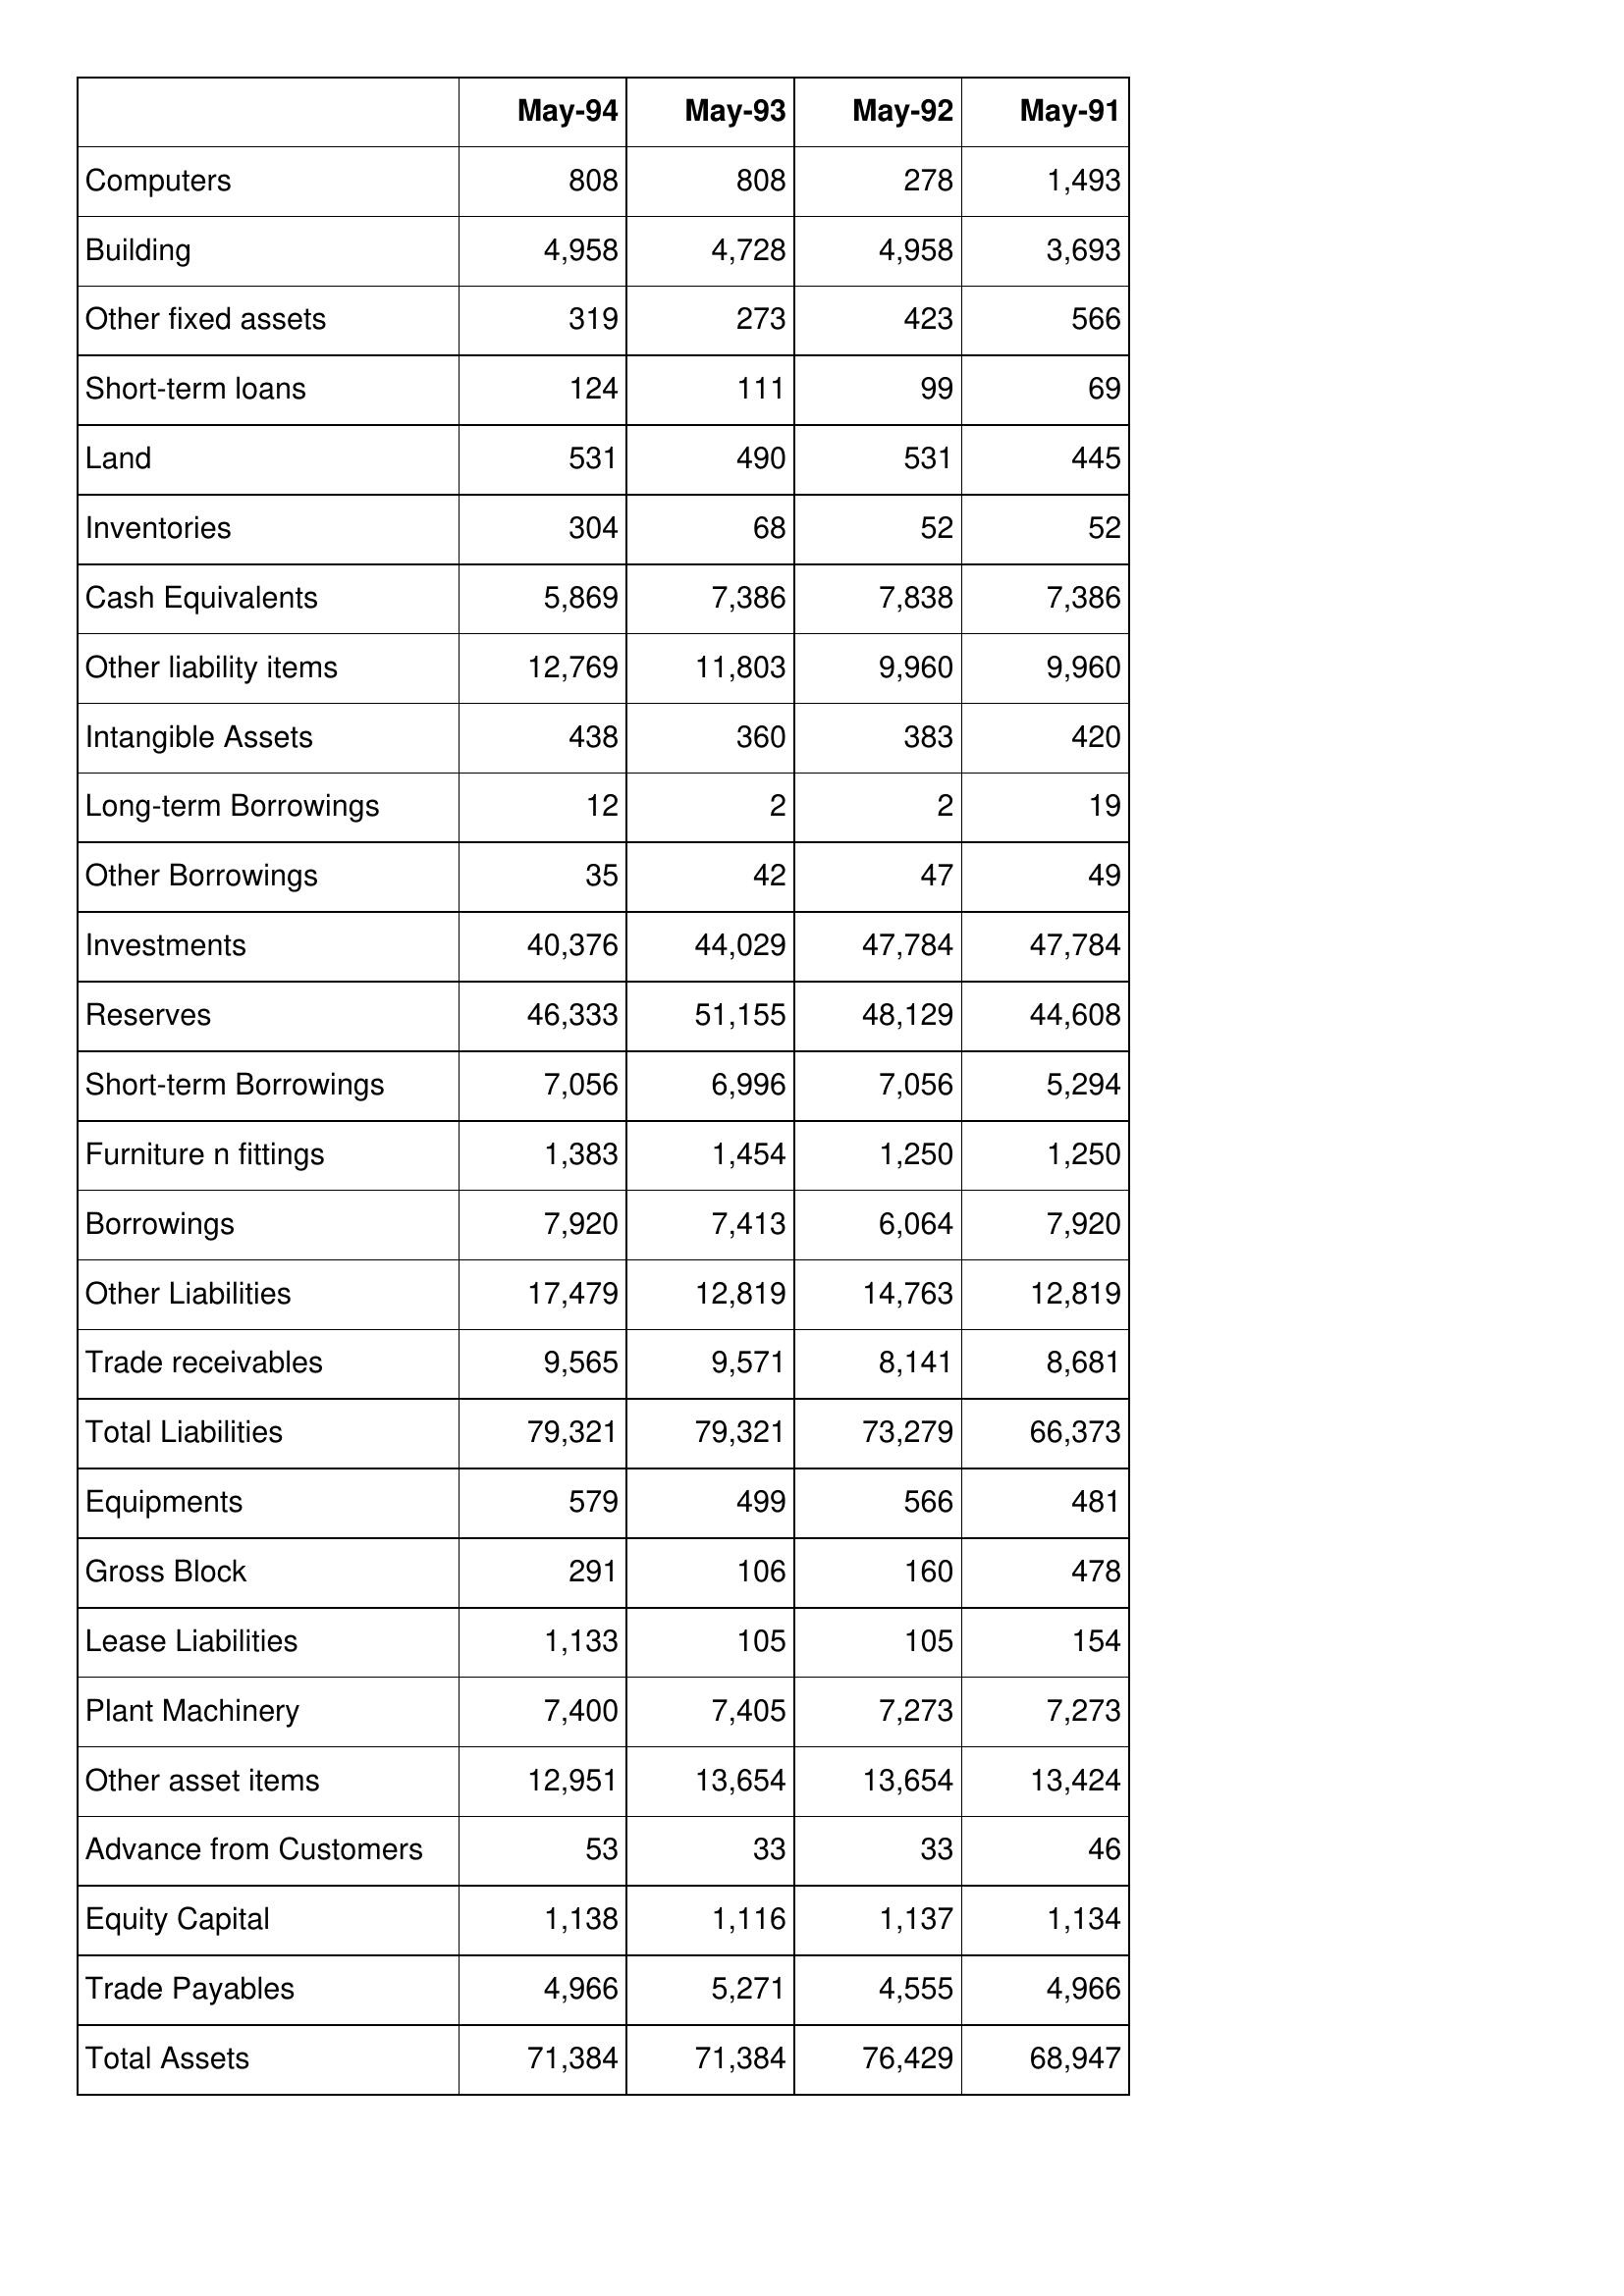
May-94: Balance Sheet: Computers: 808
Building: 4,958
Other fixed assets: 319
Short-term loans: 124
Land: 531
Inventories: 304
Cash Equivalents: 5,869
Other liability items: 12,769
Intangible Assets: 438
Long-term Borrowings: 12
Other Borrowings: 35
Investments: 40,376
Reserves: 46,333
Short-term Borrowings: 7,056
Furniture n fittings: 1,383
Borrowings: 7,920
Other Liabilities: 17,479
Trade receivables: 9,565
Total Liabilities: 79,321
Equipments: 579
Gross Block: 291
Lease Liabilities: 1,133
Plant Machinery: 7,400
Other asset items: 12,951
Advance from Customers: 53
Equity Capital: 1,138
Trade Payables: 4,966
Total Assets: 71,384
May-93: Balance Sheet: Computers: 808
Building: 4,728
Other fixed assets: 273
Short-term loans: 111
Land: 490
Inventories: 68
Cash Equivalents: 7,386
Other liability items: 11,803
Intangible Assets: 360
Long-term Borrowings: 2
Other Borrowings: 42
Investments: 44,029
Reserves: 51,155
Short-term Borrowings: 6,996
Furniture n fittings: 1,454
Borrowings: 7,413
Other Liabilities: 12,819
Trade receivables: 9,571
Total Liabilities: 79,321
Equipments: 499
Gross Block: 106
Lease Liabilities: 105
Plant Machinery: 7,405
Other asset items: 13,654
Advance from Customers: 33
Equity Capital: 1,116
Trade Payables: 5,271
Total Assets: 71,384
May-92: Balance Sheet: Computers: 278
Building: 4,958
Other fixed assets: 423
Short-term loans: 99
Land: 531
Inventories: 52
Cash Equivalents: 7,838
Other liability items: 9,960
Intangible Assets: 383
Long-term Borrowings: 2
Other Borrowings: 47
Investments: 47,784
Reserves: 48,129
Short-term Borrowings: 7,056
Furniture n fittings: 1,250
Borrowings: 6,064
Other Liabilities: 14,763
Trade receivables: 8,141
Total Liabilities: 73,279
Equipments: 566
Gross Block: 160
Lease Liabilities: 105
Plant Machinery: 7,273
Other asset items: 13,654
Advance from Customers: 33
Equity Capital: 1,137
Trade Payables: 4,555
Total Assets: 76,429
May-91: Balance Sheet: Computers: 1,493
Building: 3,693
Other fixed assets: 566
Short-term loans: 69
Land: 445
Inventories: 52
Cash Equivalents: 7,386
Other liability items: 9,960
Intangible Assets: 420
Long-term Borrowings: 19
Other Borrowings: 49
Investments: 47,784
Reserves: 44,608
Short-term Borrowings: 5,294
Furniture n fittings: 1,250
Borrowings: 7,920
Other Liabilities: 12,819
Trade receivables: 8,681
Total Liabilities: 66,373
Equipments: 481
Gross Block: 478
Lease Liabilities: 154
Plant Machinery: 7,273
Other asset items: 13,424
Advance from Customers: 46
Equity Capital: 1,134
Trade Payables: 4,966
Total Assets: 68,947